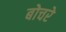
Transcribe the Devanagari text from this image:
बोचरे